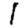
Digit: 1